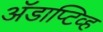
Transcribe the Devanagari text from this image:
अॅडाप्टिव्ह